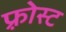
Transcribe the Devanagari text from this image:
फ़्रोस्ट